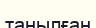
танылған